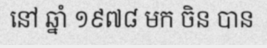
នៅ ឆ្នាំ ១៩៧៨ មក ចិន បាន